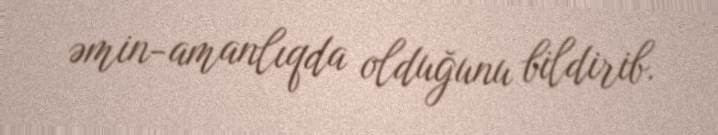
əmin-amanlıqda olduğunu bildirib.